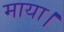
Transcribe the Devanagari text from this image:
माया।